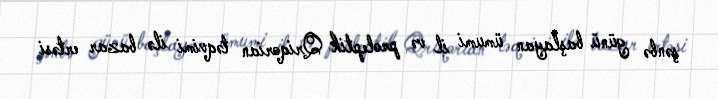
şənbə günü başlayan ümumi il və proleptik Qriqorian təqvimi ilə bazar ertəsi